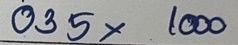
035 x 1000